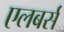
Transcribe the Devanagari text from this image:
एलबर्स